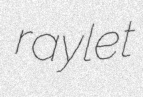
raylet